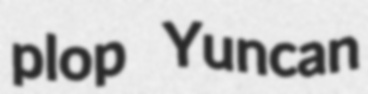
plop Yuncan